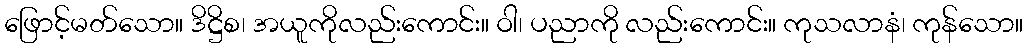
ဖြောင့်မတ်သော။ ဒိဋ္ဌိစ၊ အယူကိုလည်းကောင်း။ ဝါ၊ ပညာကို လည်းကောင်း။ ကုသလာနံ၊ ကုန်သော။